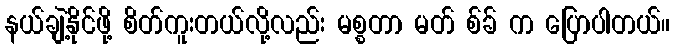
နယ်ချဲ့နိုင်ဖို့ စိတ်ကူးတယ်လို့လည်း မစ္စတာ မတ် စ်ခ် က ပြောပါတယ်။